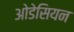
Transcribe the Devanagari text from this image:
ओडेसियन